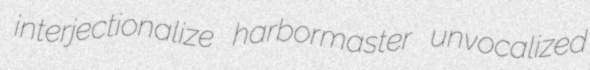
interjectionalize harbormaster unvocalized